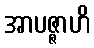
အာပဇ္ဇာဟိ